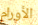
الأورام